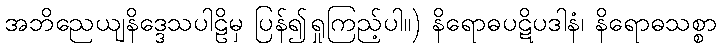
အဘိညေယျနိဒ္ဒေသပါဠိမှ ပြန်၍ရှုကြည့်ပါ။) နိရောဓပဋိပဒါနံ၊ နိရောဓသစ္စာ